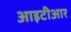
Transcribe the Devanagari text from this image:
आइटीआर